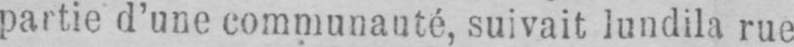
partie d’une communauté, suivait lundila rue